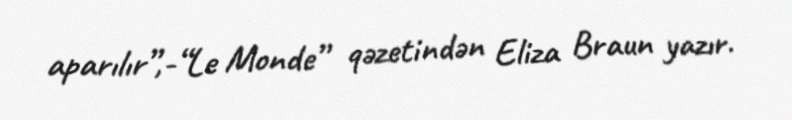
aparılır”,-“Le Monde” qəzetindən Eliza Braun yazır.